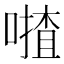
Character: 𠾵